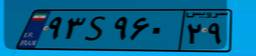
۹۳S۹۶۰۲۹